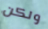
ولكن